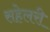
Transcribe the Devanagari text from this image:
सहेलरी